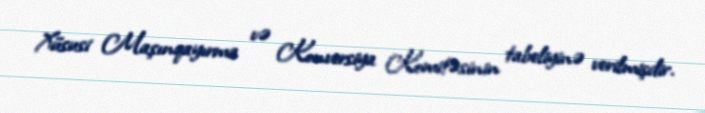
Xüsusi Maşınqayırma və Konversiya Komitəsinin tabeliyinə verilmişdir.